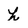
Character: h